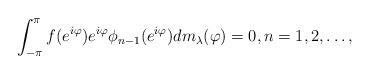
LaTeX: \begin{align*}\int_{-\pi}^{\pi}f(e^{i\varphi})e^{i\varphi}\phi_{n-1}(e^{i\varphi})dm_{\lambda}(\varphi)=0,n=1,2,\dots,\end{align*}